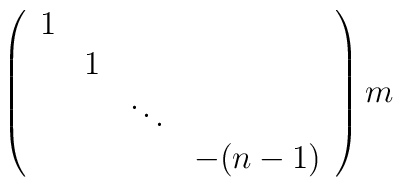
\left( \begin{array}{cccc}                                         1 &   &        &  \\                                          & 1 &        &  \\                                          &   & \ddots &  \\                                          &   &        & -(n-1) \end{array}                                            \right)m